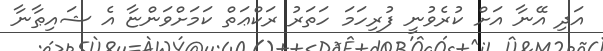
އަދި އޭނާ އަށް ކުރެވުނީ ފުރިހަމަ ހަތަރު ރަކްޢަތް ކަމަށްވަންޏާ އެ ޝައިޠާނާ